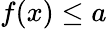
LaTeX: f(x)\leq a